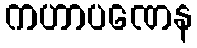
ကဟာပဏေန